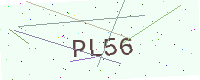
Text: PL56